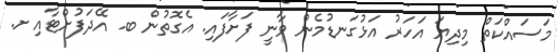
މަސައްކަތް މިދިޔަ އަހަރު އަޅުގަނޑުމެން ވާނީ ފަށާފައި. އެގޮތުން ބ. އޭދަފުށްޓާއި ށ.